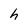
Character: h